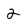
Character: 2